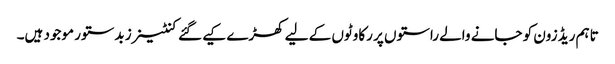
تاہم ریڈ زون کو جانے والے راستوں پر رکاوٹوں کے لیے کھڑے کیے گئے کنٹینرز بدستور موجود ہیں۔